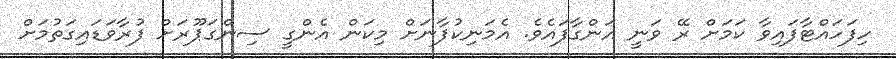
ހިފަހައްޓާފައިވާ ކަމަށް ރޭ ވަނީ އަންގާފައެވެ. އެމަނިކުފާނަށް މިކަން އެންގީ ސިންގަޕޫރަށް ފުރާވަޑައިގަތުމަށް